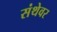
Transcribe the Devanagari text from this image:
संथेवर